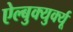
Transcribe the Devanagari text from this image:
ऐल्बुक्युर्क्यू